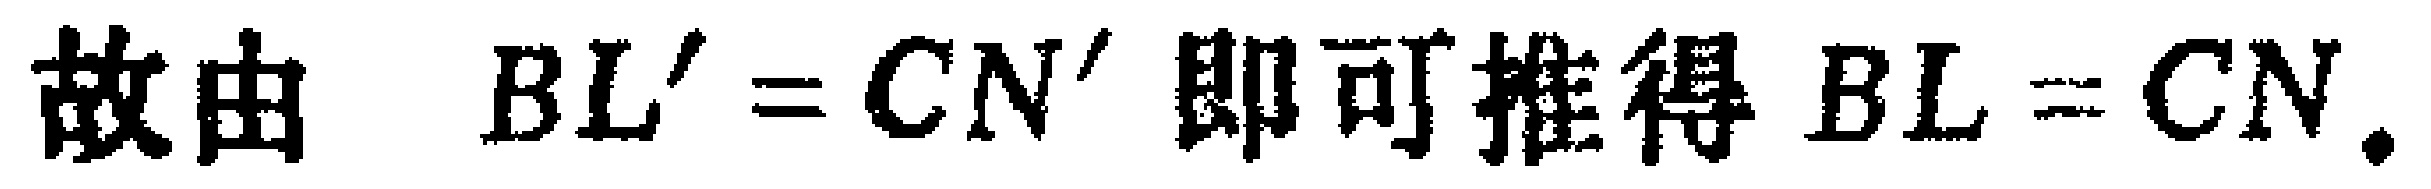
故由 \(BL' = CN'\) 即可推得 \(BL = CN\).